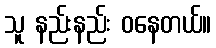
သူ နည်းနည်း ဝနေတယ်။